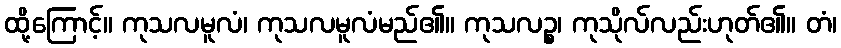
ထို့ကြောင့်။ ကုသလမူလံ၊ ကုသလမူလံမည်၏။ ကုသလဉ္စ၊ ကုသိုလ်လည်းဟုတ်၏။ တံ၊